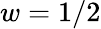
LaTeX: w=1/2